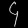
Digit: ၄